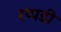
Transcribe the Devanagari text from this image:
रप्पडी